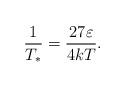
LaTeX: \begin{align*}\frac{1}{T_{*}} = \frac{27 \varepsilon}{4kT}.\end{align*}